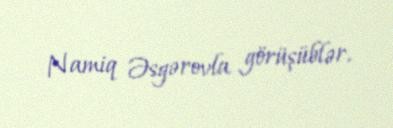
Namiq Əsgərovla görüşüblər.